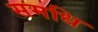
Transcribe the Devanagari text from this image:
समधि